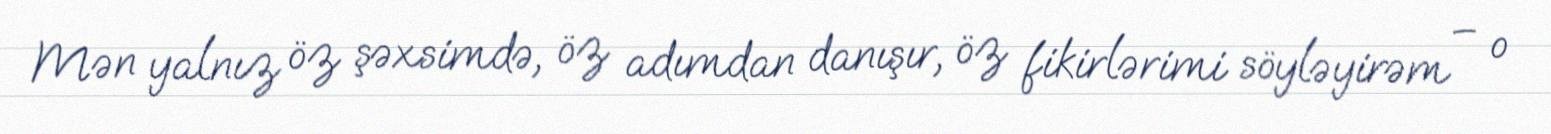
Mən yalnız öz şəxsimdə, öz adımdan danışır, öz fikirlərimi söyləyirəm – o